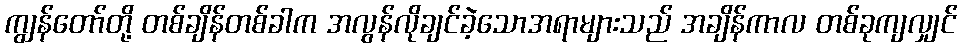
ကျွန်တော်တို့ တစ်ချိန်တစ်ခါက အလွန်လိုချင်ခဲ့သောအရာများသည် အချိန်ကာလ တစ်ခုကျလျှင်